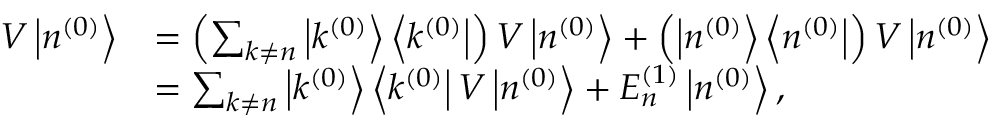
{ \begin{array} { r l } { V \left| n ^ { ( 0 ) } \right\rangle } & { = \left( \sum _ { k \neq n } \left| k ^ { ( 0 ) } \right\rangle \left\langle k ^ { ( 0 ) } \right| \right) V \left| n ^ { ( 0 ) } \right\rangle + \left( \left| n ^ { ( 0 ) } \right\rangle \left\langle n ^ { ( 0 ) } \right| \right) V \left| n ^ { ( 0 ) } \right\rangle } \\ & { = \sum _ { k \neq n } \left| k ^ { ( 0 ) } \right\rangle \left\langle k ^ { ( 0 ) } \right| V \left| n ^ { ( 0 ) } \right\rangle + E _ { n } ^ { ( 1 ) } \left| n ^ { ( 0 ) } \right\rangle , } \end{array} }